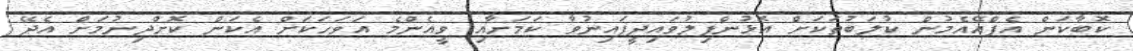
ކޮބާކަން އެފްއޭއެމުން ކުލަބުތަކަށް އޮޅުންފިލުވައިދީފައިނުވާ ކަމަށާއި ވީއެންމެ އަވަހަކަށް އެކަން ކޮށްދިނުމަށް އެދޭ